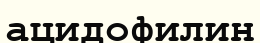
ацидофилин